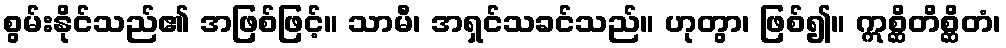
စွမ်းနိုင်သည်၏ အဖြစ်ဖြင့်။ သာမီ၊ အရှင်သခင်သည်။ ဟုတွာ၊ ဖြစ်၍။ ဣစ္ဆိတိစ္ဆိတံ၊